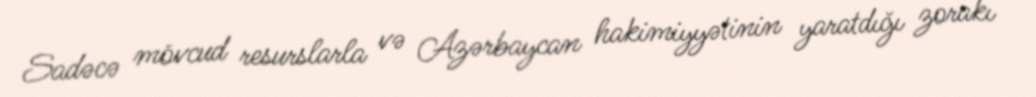
Sadəcə mövcud resurslarla və Azərbaycan hakimiyyətinin yaratdığı zorakı